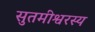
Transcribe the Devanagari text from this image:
सुतमीश्वरस्य